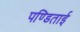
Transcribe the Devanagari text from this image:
पण्डिताई